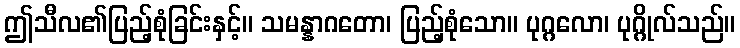
ဤသီလ၏ပြည့်စုံခြင်းနှင့်။ သမန္နာဂတော၊ ပြည့်စုံသော။ ပုဂ္ဂလော၊ ပုဂ္ဂိုလ်သည်။